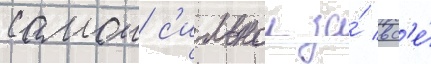
самои с'ильнои за́ вс'е́